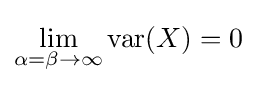
\lim _{\alpha =\beta \to \infty }\operatorname {var} (X)=0